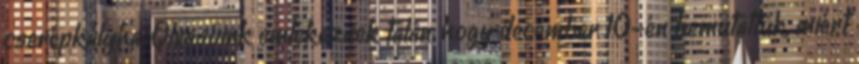
cserépkályha. Olvasóink emlékeznek talán, hogy december 10-én bemutattuk, miért